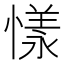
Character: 𢟣